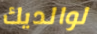
لوالديك